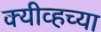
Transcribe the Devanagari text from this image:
क्यीव्हच्या